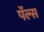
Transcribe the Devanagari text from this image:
पॅल्स